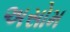
અસોમ